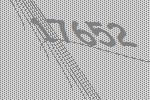
17652